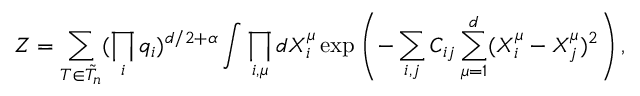
\protect Z = \sum _ { T \in { \tilde { \cal { T } } } _ { n } } ( \prod _ { i } q _ { i } ) ^ { d / 2 + \alpha } \int \prod _ { i , \mu } d X _ { i } ^ { \mu } \exp \left( - \sum _ { i , j } C _ { i j } \sum _ { \mu = 1 } ^ { d } ( X _ { i } ^ { \mu } - X _ { j } ^ { \mu } ) ^ { 2 } \right) ,